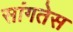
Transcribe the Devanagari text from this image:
सांगतेस